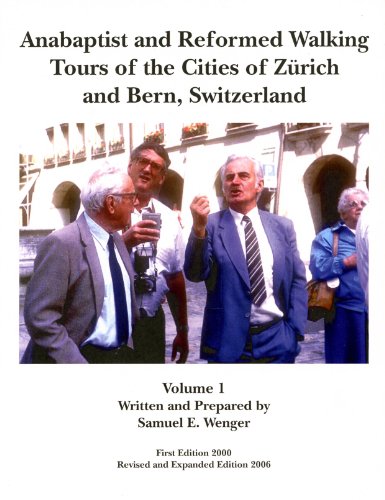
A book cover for Anabaptist and Reformed Walking Tours of the Cities of Zurich and Bern, Switzerland, Volume I; Samuel E. Wenger; Travel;